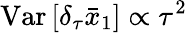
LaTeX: \mathrm{Var}\, [\delta_{\tau}\bar{x}_{1}]\propto\tau^{2}